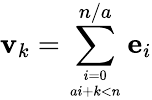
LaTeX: \mathbf{v}_{k}=\sum_{i=0\atop ai+k<n}^{n/a}\mathbf{e}_{i}